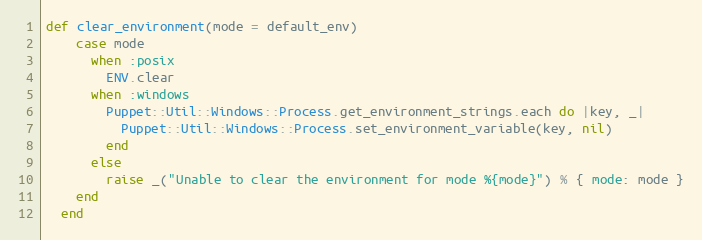
Language: Ruby
def clear_environment(mode = default_env)
    case mode
      when :posix
        ENV.clear
      when :windows
        Puppet::Util::Windows::Process.get_environment_strings.each do |key, _|
          Puppet::Util::Windows::Process.set_environment_variable(key, nil)
        end
      else
        raise _("Unable to clear the environment for mode %{mode}") % { mode: mode }
    end
  end